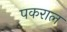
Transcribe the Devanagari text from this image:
पकराल